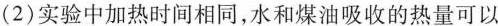
(2)实验中加热时间相同，水和煤油吸收的热量可以